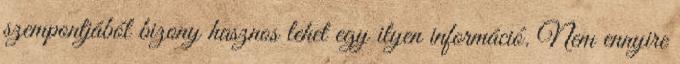
szempontjából bizony hasznos lehet egy ilyen információ. Nem ennyire